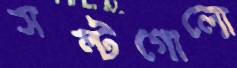
সল্টগোলো